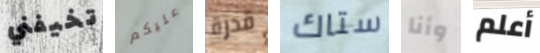
تخيفني عليكم قدرة ستاك وأنا أعلم